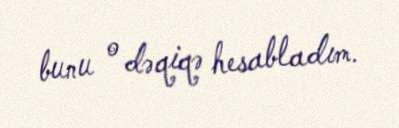
bunu o dəqiqə hesabladım.